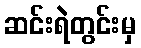
ဆင်းရဲတွင်းမှ